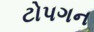
ટોપગન